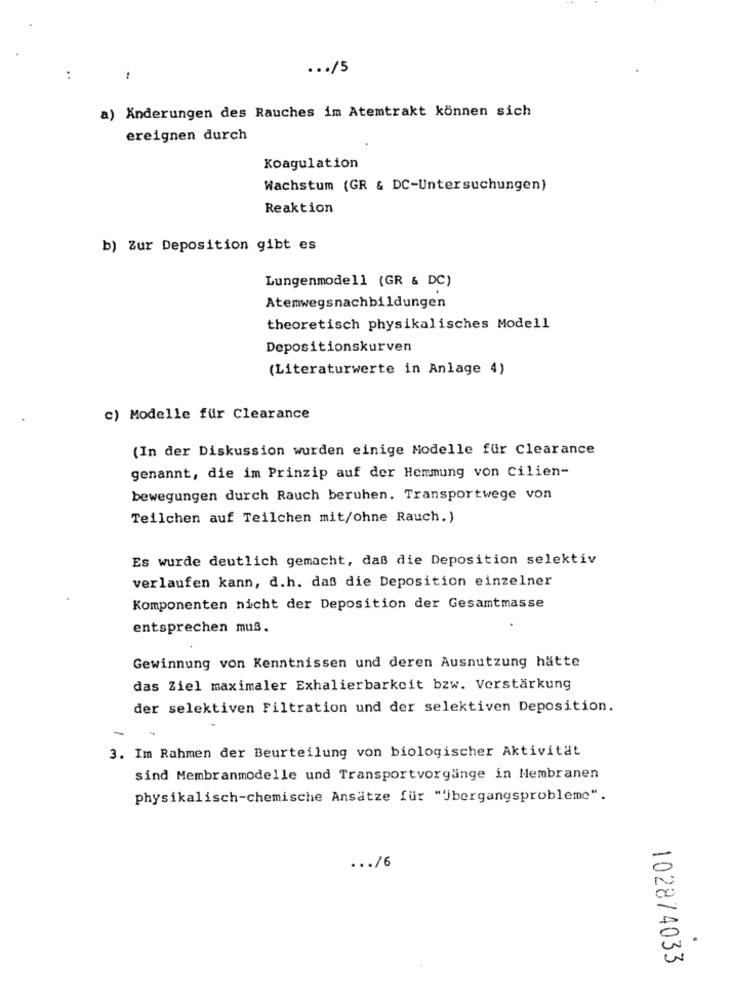
... /5
:
a) Änderungen des Rauches im Atemtrakt können sich
ereignen durch
Koagulation
Wachstum (GR & DC-Untersuchungen)
Reaktion
b) Zur Deposition gibt es
Lungenmodell (GR & DC)
Atemwegsnachbildungen
theoretisch physikalisches Modell
Depositionskurven
(Literaturwerte in Anlage 4)
c) Modelle für Clearance
(In der Diskussion wurden einige Modelle für Clearance
genannt, die im Prinzip auf der Hemmung von Cilien-
bewegungen durch Rauch beruhen. Transportwege von
Teilchen auf Teilchen mit/ohne Rauch.)
Es wurde deutlich gemacht, daß die Deposition selektiv
verlaufen kann, d.h. daß die Deposition einzelner
Komponenten nicht der Deposition der Gesamtmasse
entsprechen muß.
Gewinnung von Kenntnissen und deren Ausnutzung hätte
das Ziel maximaler Exhalierbarkeit bzw. Verstärkung
der selektiven Filtration und der selektiven Deposition.
-
3. Im Rahmen der Beurteilung von biologischer Aktivität
sind Membranmodelle und Transportvorgänge in Membranen
physikalisch-chemische Ansätze für "jbergangsprobleme".
... /6
.
102874033